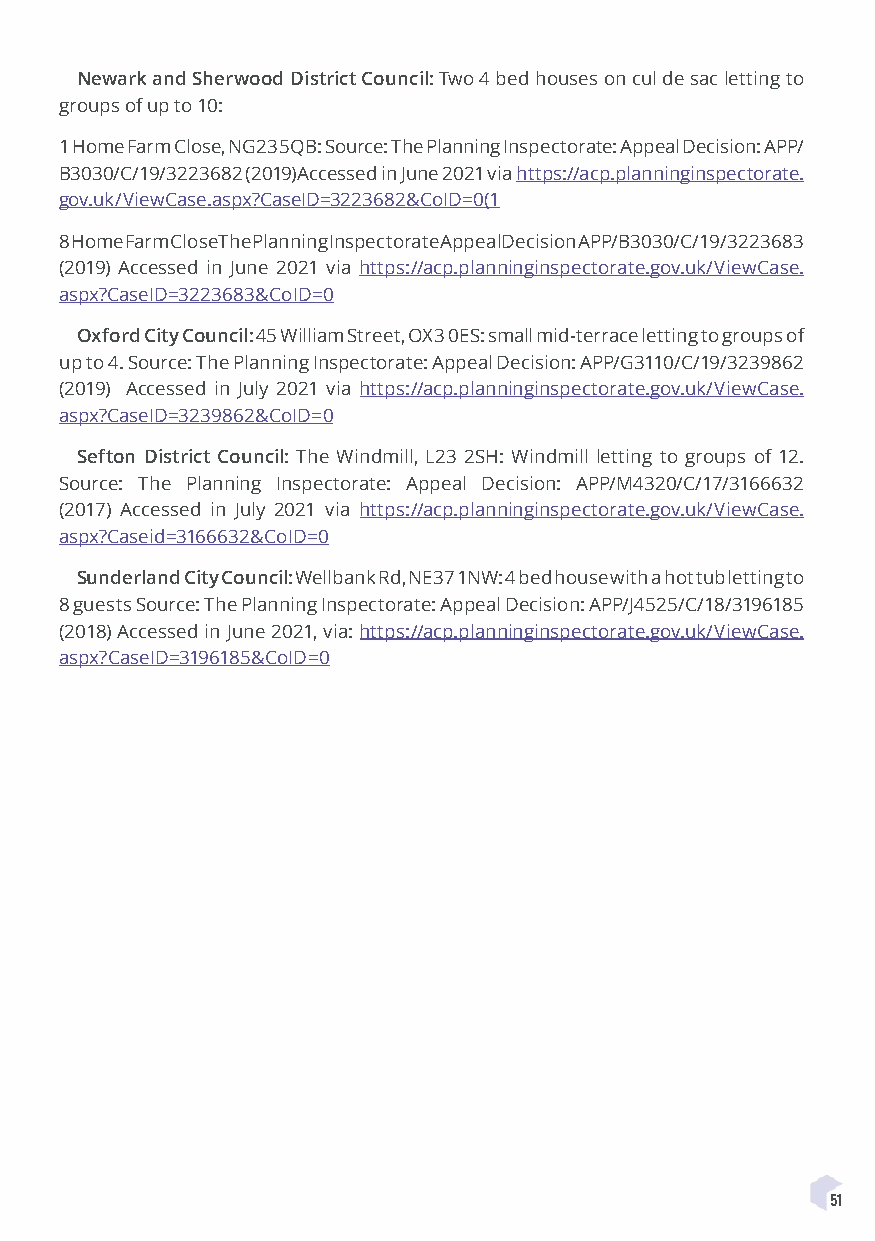
Newark and Sherwood District Council: Two 4 bed houses on cul de sac letting to
 groups of up to 10:
 1 Home Farm Close, NG23 5QB: Source: The Planning Inspectorate: Appeal Decision: APP/
 B3030/C/19/3223682 (2019)Accessed in June 2021 via https://acp.planninginspectorate.
 gov.uk/ViewCase.aspx?CaseID=3223682&CoID=0(1
 8 Home Farm Close The Planning Inspectorate Appeal Decision APP/B3030/C/19/3223683
 (2019) Accessed in June 2021 via https://acp.planninginspectorate.gov.uk/ViewCase.
 aspx?CaseID=3223683&CoID=0
 Oxford City Council: 45 William Street, OX3 0ES: small mid-terrace letting to groups of
 up to 4. Source: The Planning Inspectorate: Appeal Decision: APP/G3110/C/19/3239862
 (2019) Accessed in July 2021 via https://acp.planninginspectorate.gov.uk/ViewCase.
 aspx?CaseID=3239862&CoID=0
 Sefton District Council: The Windmill, L23 2SH: Windmill letting to groups of 12.
 Source: The Planning Inspectorate: Appeal Decision: APP/M4320/C/17/3166632
 (2017) Accessed in July 2021 via https://acp.planninginspectorate.gov.uk/ViewCase.
 aspx?Caseid=3166632&CoID=0
 Sunderland City Council: Wellbank Rd, NE37 1NW: 4 bed house with a hot tub letting to
 8 guests Source: The Planning Inspectorate: Appeal Decision: APP/J4525/C/18/3196185
 (2018) Accessed in June 2021, via: https://acp.planninginspectorate.gov.uk/ViewCase.
 aspx?CaseID=3196185&CoID=0
 51